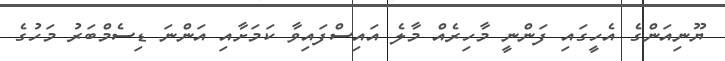
ޔޫނިއަންގެ އެހީގައި ފަންނީ މާހިރެއް މާލެ އައިސްފައިވާ ކަމަށާއި އަންނަ ޑިސެމްބަރު މަހުގެ